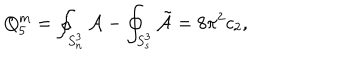
Q _ { 5 } ^ { m } = \oint _ { S _ { n } ^ { 3 } } { \cal A } - \oint _ { S _ { s } ^ { 3 } } { \tilde { \cal A } } = 8 \pi ^ { 2 } c _ { 2 } ,